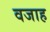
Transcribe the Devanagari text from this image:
वजाह